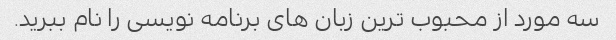
سه مورد از محبوب ترین زبان های برنامه نویسی را نام ببرید.